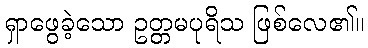
ရှာဖွေခဲ့သော ဥတ္တမပုရိသ ဖြစ်လေ၏။